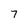
Character: 7